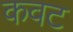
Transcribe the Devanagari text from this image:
कवट